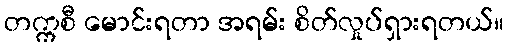
တက္ကစီ မောင်းရတာ အရမ်း စိတ်လှုပ်ရှားရတယ်။